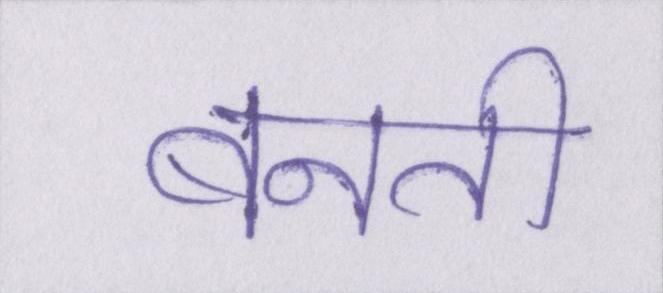
बनती